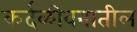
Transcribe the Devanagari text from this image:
कर्दळीवनातील